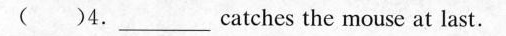
( )4.___catches the mouse at last.